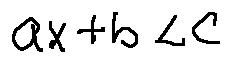
a x + b < c